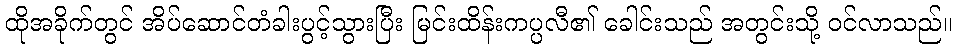
ထိုအခိုက်တွင် အိပ်ဆောင်တံခါးပွင့်သွားပြီး မြင်းထိန်းကပ္ပလီ၏ ခေါင်းသည် အတွင်းသို့ ဝင်လာသည်။